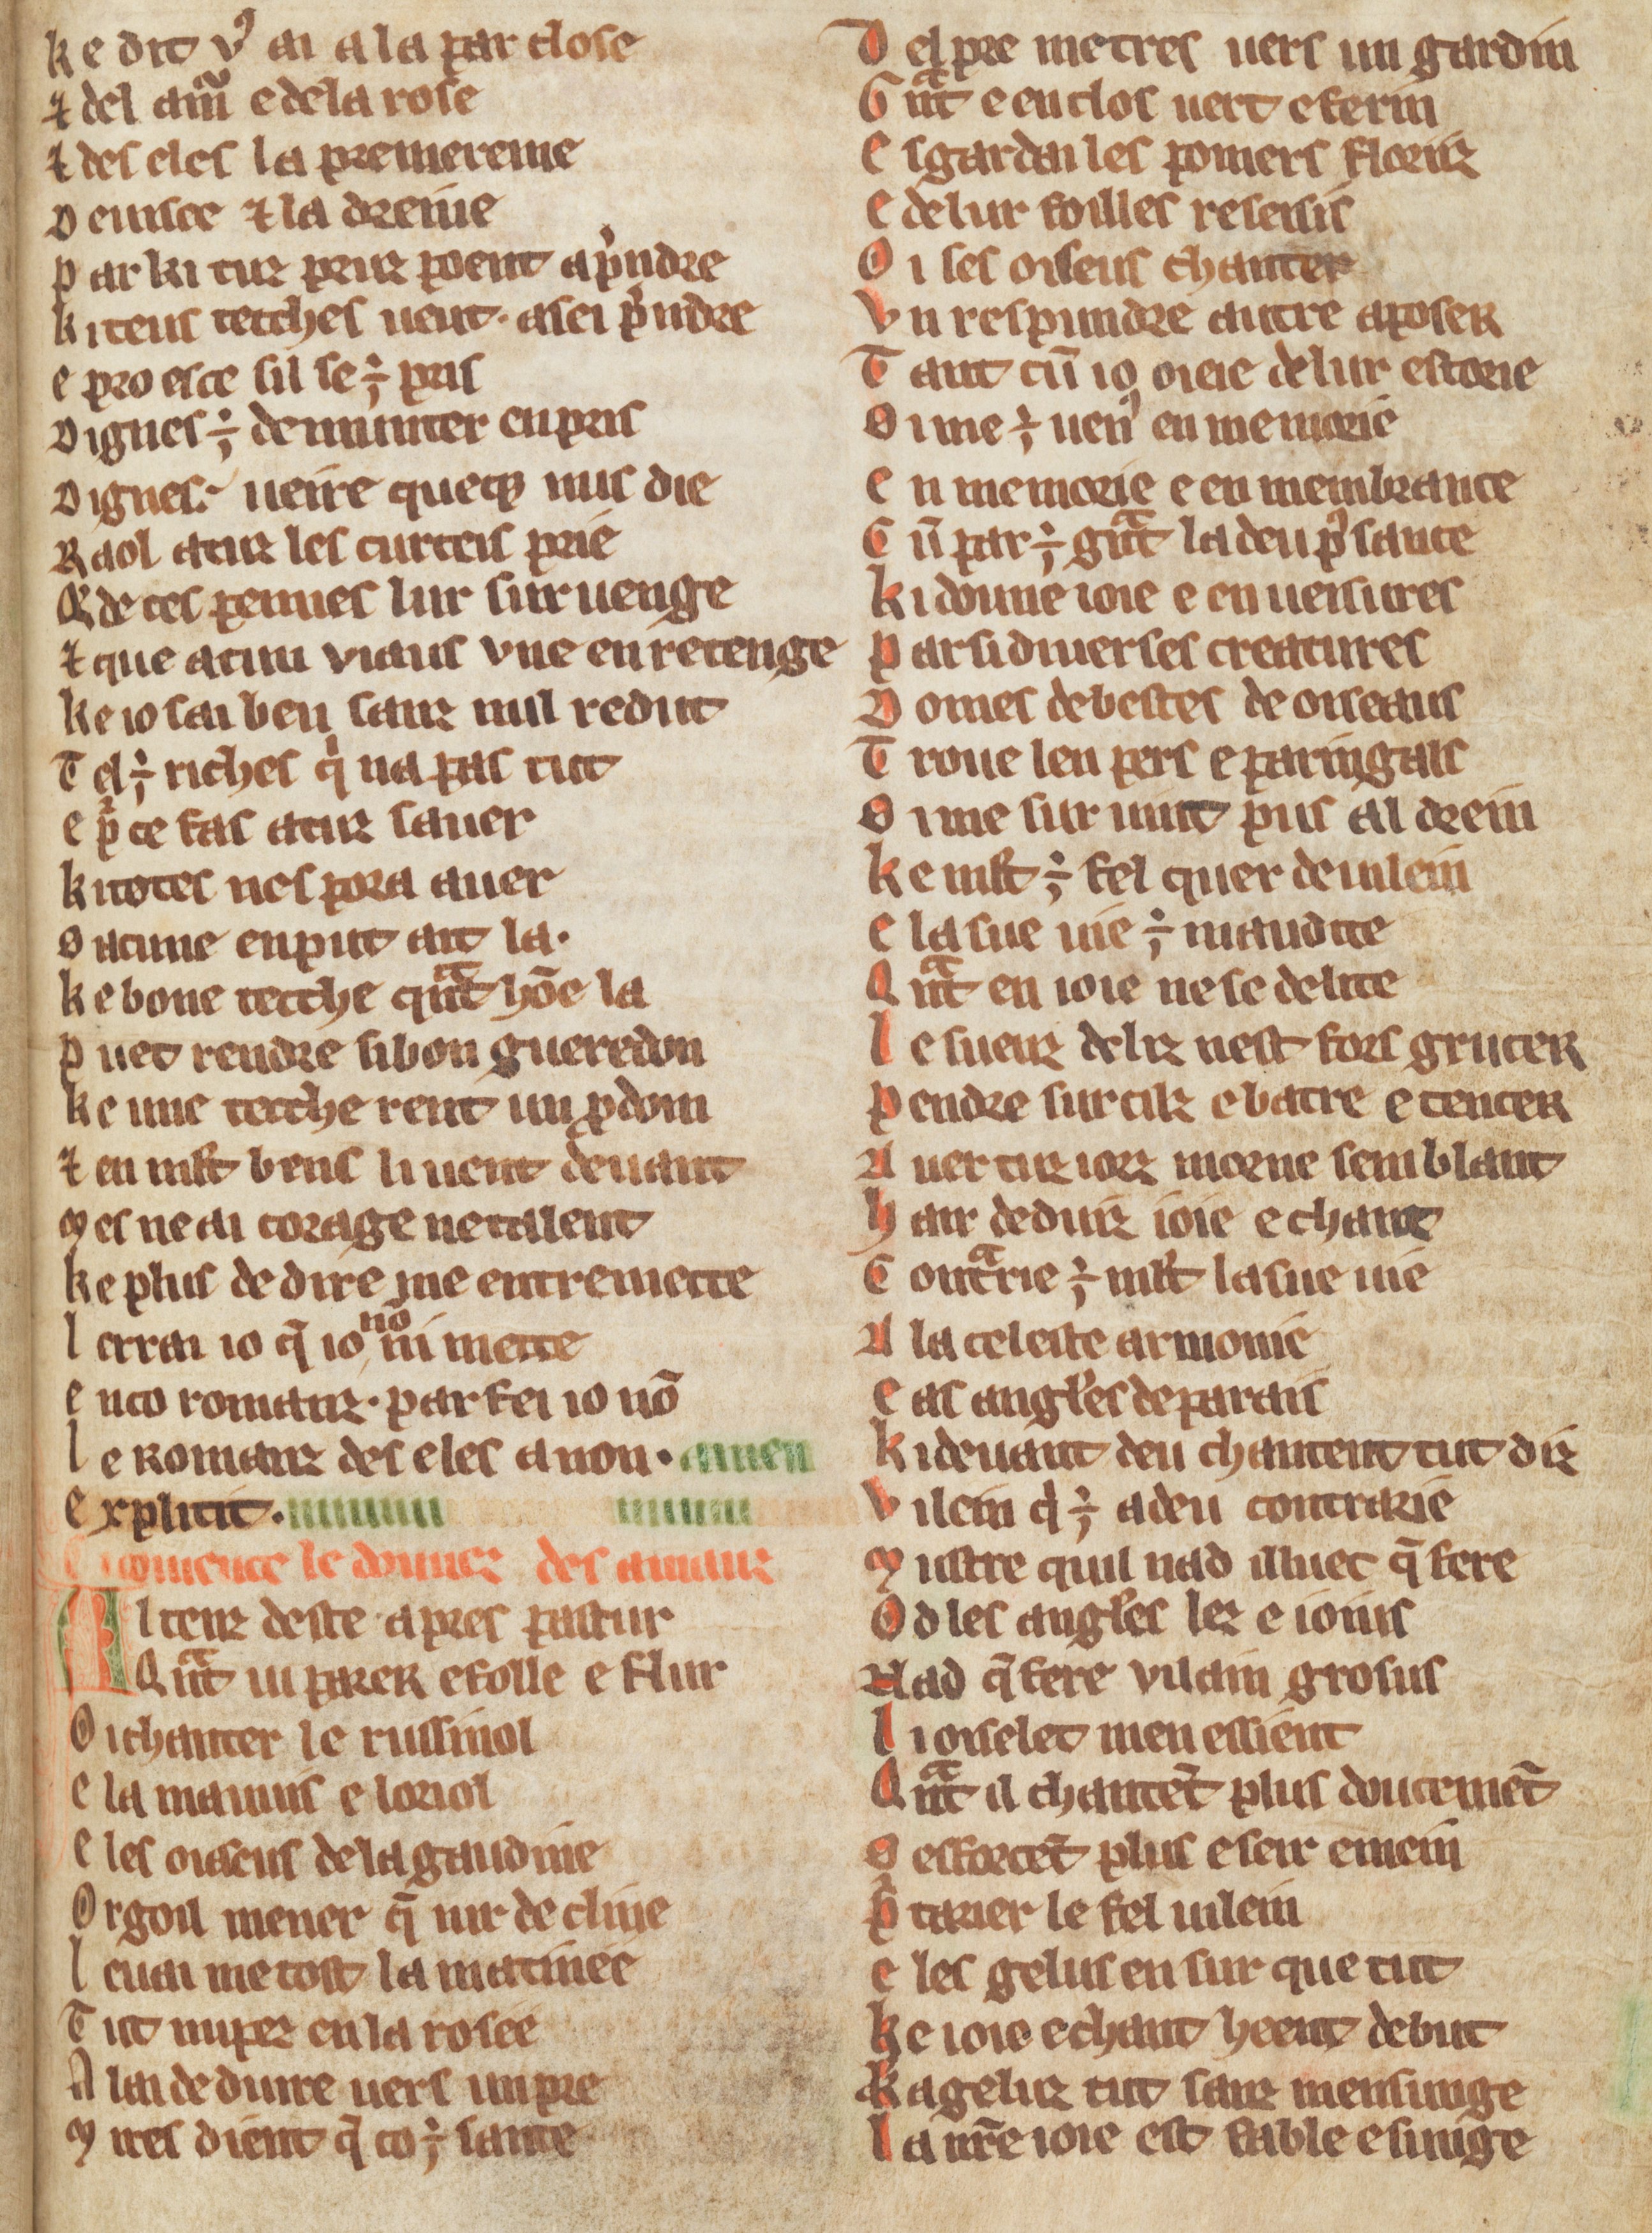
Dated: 1270–1330